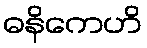
ဓနိကေဟိ